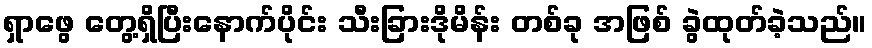
ရှာဖွေ တွေ့ရှိပြီးနောက်ပိုင်း သီးခြားဒိုမိန်း တစ်ခု အဖြစ် ခွဲထုတ်ခဲ့သည်။